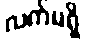
လက်မရှိ